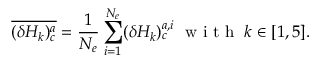
\overline { { ( \delta H _ { k } ) _ { c } ^ { a } } } = \frac { 1 } { N _ { e } } \sum _ { \substack { i = 1 } } ^ { N _ { e } } ( \delta H _ { k } ) _ { c } ^ { a , i } \; \textnormal { w i t h } \; k \in [ 1 , 5 ] .